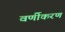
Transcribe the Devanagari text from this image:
वर्णीकरण